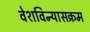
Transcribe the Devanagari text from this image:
वेशविन्यासक्रम